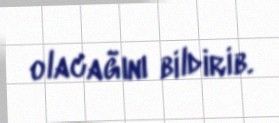
olacağını bildirib.